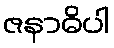
ဇနာဓိပါ